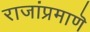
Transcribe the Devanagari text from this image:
राजांप्रमाणॆ